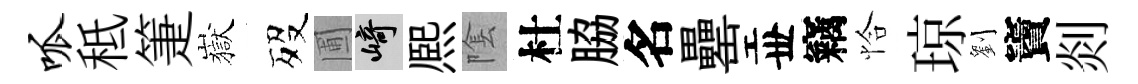
呱秪箑嶽歿圃崎熈隂杜脇名罍丗竊恰琼劉竇剡